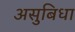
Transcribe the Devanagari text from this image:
असुबिधा